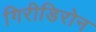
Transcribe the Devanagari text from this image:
गिरीडिरोन